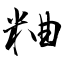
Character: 粬